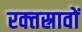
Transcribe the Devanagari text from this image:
रक्‍तस्रावों